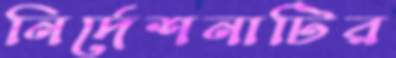
নির্দেশনাটির